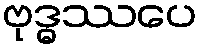
ဗုဒ္ဓဿပေ